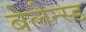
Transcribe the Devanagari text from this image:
बेलेन्स्ड